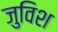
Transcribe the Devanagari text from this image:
जुविश